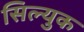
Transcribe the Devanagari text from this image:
सिल्युक